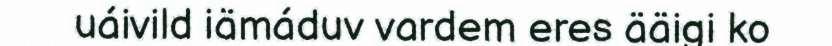
uáivild iämáduv vardem eres ääigi ko